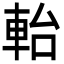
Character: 軩